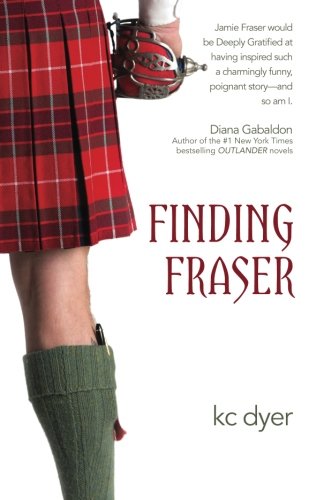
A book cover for Finding Fraser; kc dyer; Romance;